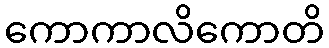
ကောကာလိကောတိ